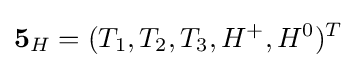
\mathbf {5} _{H}=(T_{1},T_{2},T_{3},H^{+},H^{0})^{T}